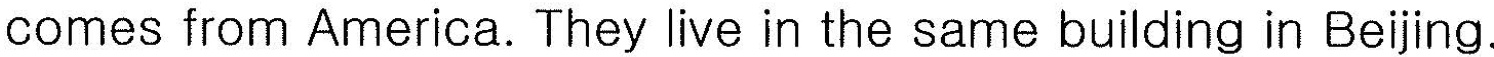
comes from America. They live in the same building in Beijing.